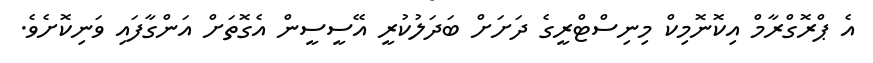
އެ ޕްރޮގްރާމް އިކޮނޮމިކް މިނިސްޓްރީގެ ދަށަށް ބަދަލުކުރީ އޭސީސީން އެގޮތަށް އަންގާފައި ވަނިކޮށެވެ.